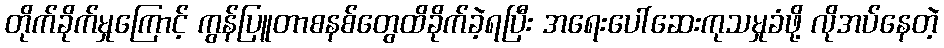
တိုက်ခိုက်မှုကြောင့် ကွန်ပြူတာစနစ်တွေထိခိုက်ခဲ့ရပြီး အရေးပေါ်ဆေးကုသမှုခံဖို့ လိုအပ်နေတဲ့